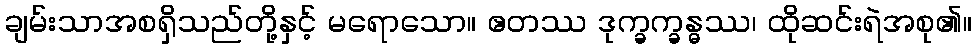
ချမ်းသာအစရှိသည်တို့နှင့် မရောသော။ ဧတဿ ဒုက္ခက္ခန္ဓဿ၊ ထိုဆင်းရဲအစု၏။